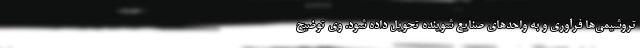
تروشیمی‌ها فرآوری و به واحدهای صنایع شوینده تحویل داده شود. وی توضیح